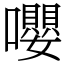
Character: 嚶